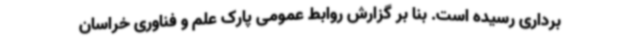
برداری رسیده است. بنا بر گزارش روابط عمومی پارک علم و فناوری خراسان